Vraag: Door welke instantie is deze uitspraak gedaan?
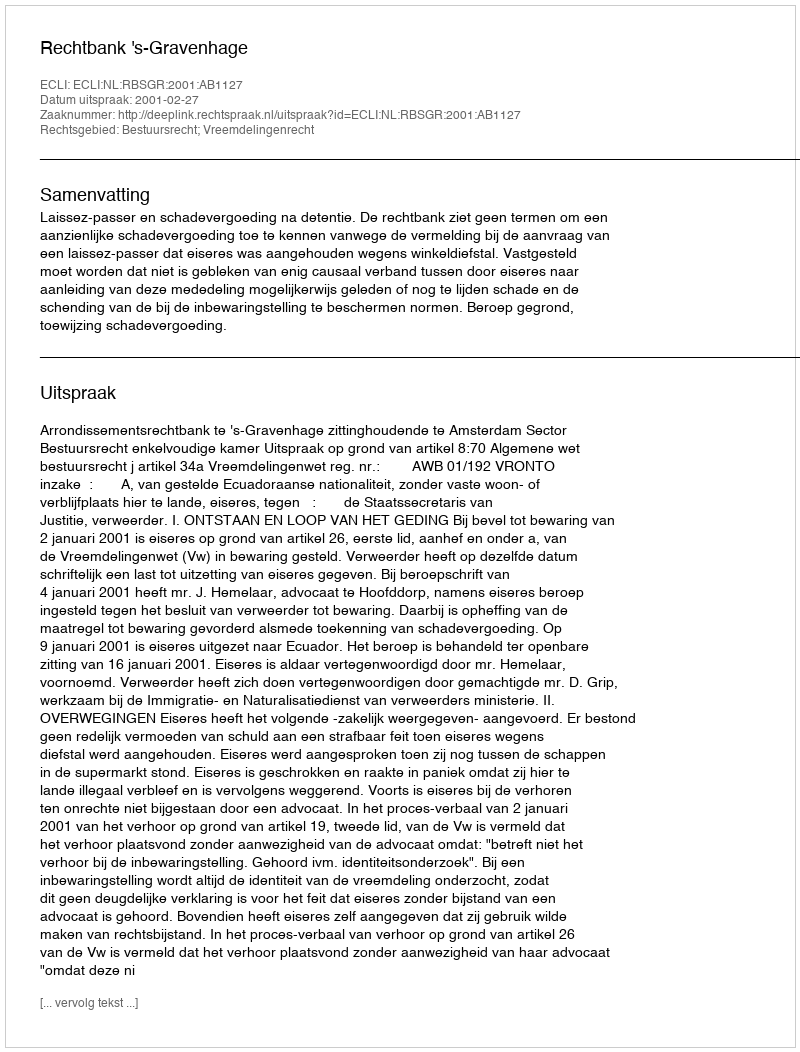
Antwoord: Rechtbank 's-Gravenhage